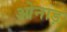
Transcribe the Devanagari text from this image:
ओनाड़